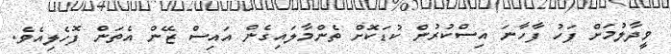
ވީދާލުމަށް ފަހު ފާހާނަ އިސްކުރުން ކުޑަކޮށް ތެންމާލައިގެން އައިސް ޒޭން އެތަން ފޮހެލިއެވެ.